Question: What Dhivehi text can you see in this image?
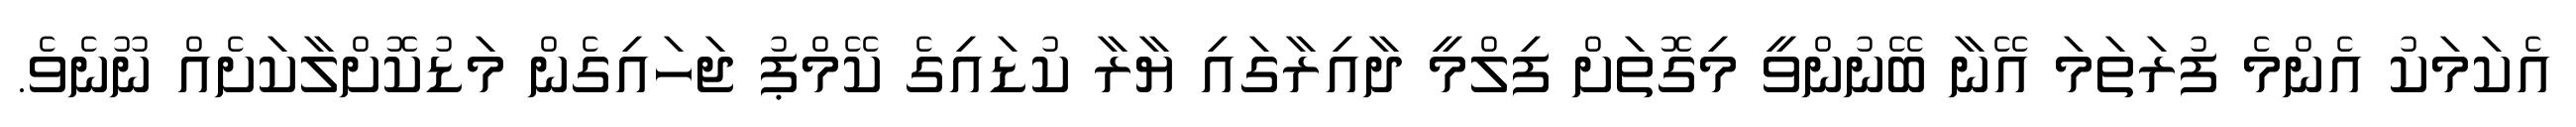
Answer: އެކަމަކު އެންމެ ފުރަތަމަ އޭނާ ބޭނުންވީ މިގޮތަށް ފިލްމީ ދާއިރާގައި ޔާރާ ކުޑައިގެ ކޭމްޕު ޖަހައިގެން މަޑުކޮށްލާކަށެއް ނޫނެވެ.